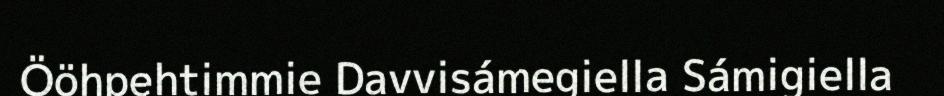
Ööhpehtimmie Davvisámegiella Sámigiella